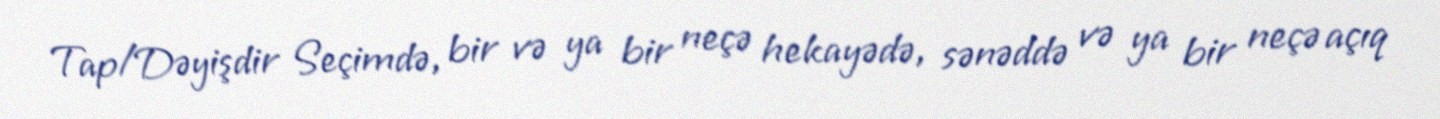
Tap/Dəyişdir Seçimdə, bir və ya bir neçə hekayədə, sənəddə və ya bir neçə açıq